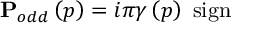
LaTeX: \mathbf { P } _ { o d d } \left( p \right) = i \pi \gamma \left( p \right) \; \mathrm { s i g n }